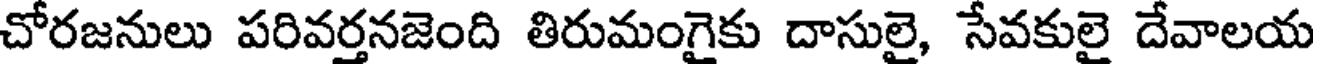
చోరజనులు పరివర్తనజెంది తిరుమంగైకు దాసులై, సేవకులై దేవాలయ